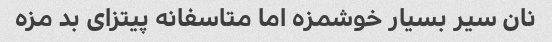
نان سیر بسیار خوشمزه اما متاسفانه پیتزای بد مزه